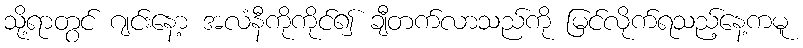
သို့ရာတွင် ဂျင်းနော့ အလံနီကိုကိုင်၍ ချီတက်လာသည်ကို မြင်လိုက်ရသည့်နေ့ကမူ